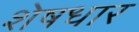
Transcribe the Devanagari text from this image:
शेषधार